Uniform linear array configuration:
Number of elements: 16
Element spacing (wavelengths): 0.5
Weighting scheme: binomial
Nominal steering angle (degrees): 0
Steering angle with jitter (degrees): -0.2608
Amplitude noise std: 0.05
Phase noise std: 0.05

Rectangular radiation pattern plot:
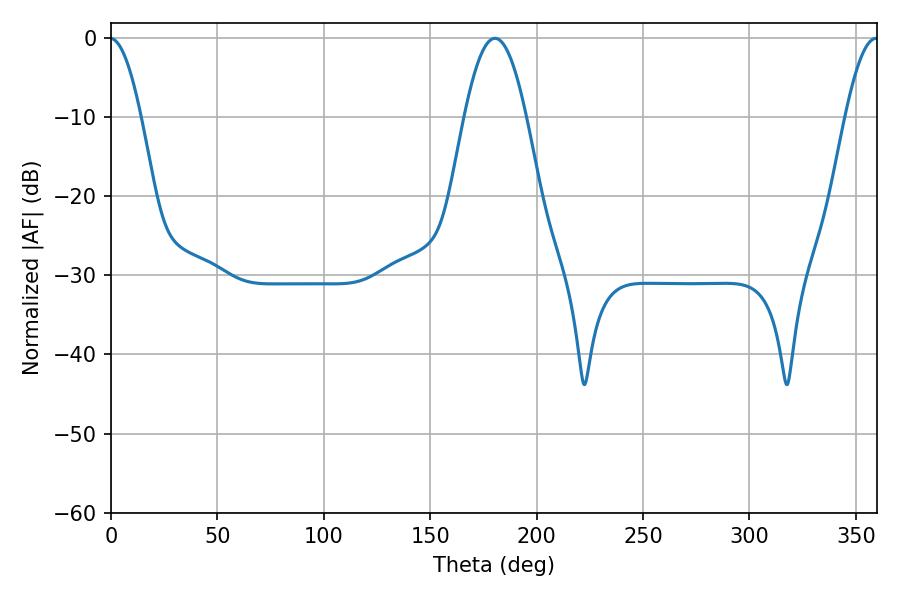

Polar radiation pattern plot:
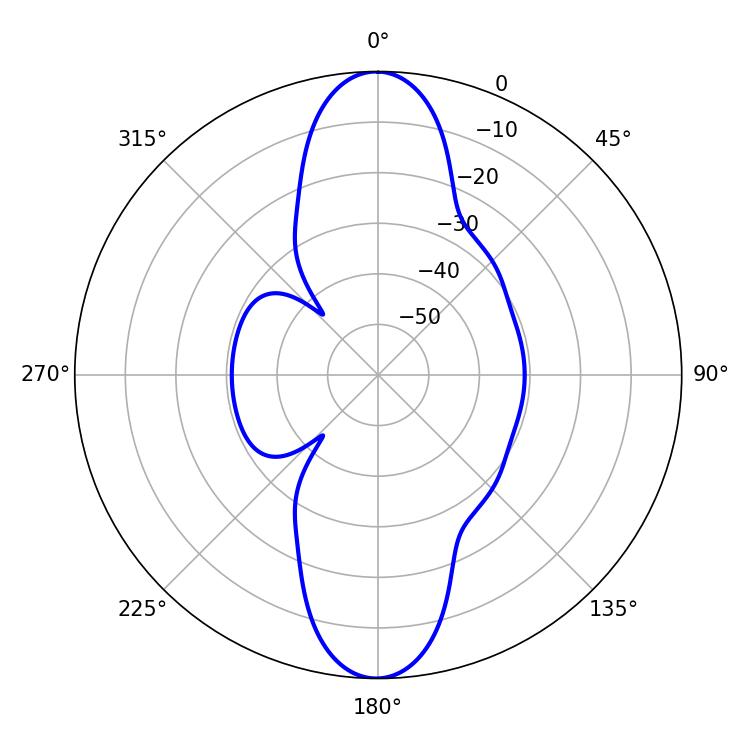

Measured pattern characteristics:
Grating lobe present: FALSE
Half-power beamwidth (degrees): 15.66
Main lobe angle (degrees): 180.36